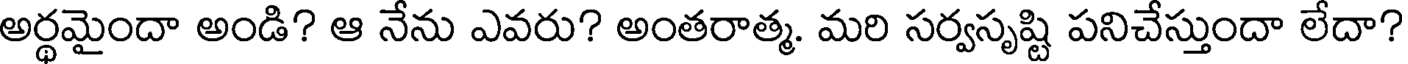
అర్థమైందా అండి? ఆ నేను ఎవరు? అంతరాత్మ. మరి సర్వసృష్టి పనిచేస్తుందా లేదా?